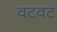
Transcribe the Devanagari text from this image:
वटवट